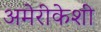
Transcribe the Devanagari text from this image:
अमेरीकेशी